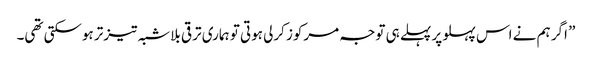
” اگر ہم نے اس پہلو پر پہلے ہی توجہ مرکوز کرلی ہوتی تو ہماری ترقی بلاشبہ تیزتر ہوسکتی تھی۔